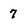
Character: 7